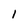
Character: l